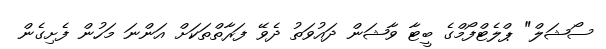
ސޯޝަލް" ޕްލެޓްފޯމްގެ ބީޓާ ވާޝަން ދައުވަތު ދެވޭ ފަރާތްތަކަށް އަންނަ މަހުން ފެށިގެން